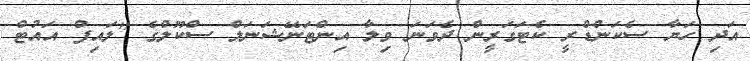
އަދި ހަޔާ ސެކަންޑްރީ ކެޓަގަރީން ދެވަނަ ވިލާ އިންޓަނޭޝަނަލް ސްކޫލްގެ "ލައިފް އައުޓް